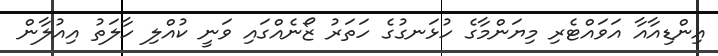
އިންޑިއާއާ އަވައްޓެރި މިޔަންމާގެ ހުޅަނގުގެ ހަތަރު ޒޯނެއްގައި ވަނީ ކުއްލި ހާލަތު އިއުލާން